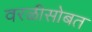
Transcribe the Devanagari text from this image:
वरळीसोबत